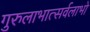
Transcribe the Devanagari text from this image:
गुरुलाभात्सर्वलाभो